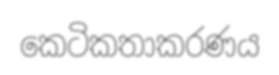
කෙටිකතාකරණය